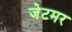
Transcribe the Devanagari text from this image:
जेटमर